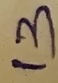
Text: 13